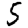
Digit: 5